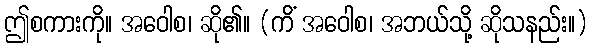
ဤစကားကို။ အဝေါစ၊ ဆို၏။ (ကိံ အဝေါစ၊ အဘယ်သို့ ဆိုသနည်း။)